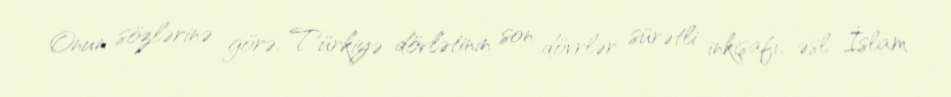
Onun sözlərinə görə, Türkiyə dövlətinin son dövrlər sürətli inkişafı, əsl İslam